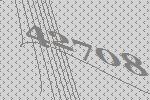
42708